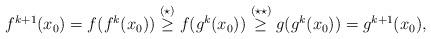
LaTeX: \begin{align*}f^{k+1}(x_0)=f(f^k(x_0)) \stackrel{(\star)}{\geq} f( g^k(x_0)) \stackrel{(\star \star)}{\geq} g(g^k(x_0))=g^{k+1}(x_0),\end{align*}